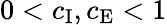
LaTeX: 0<c_{\mathrm{I}},c_{\mathrm{E}}<1